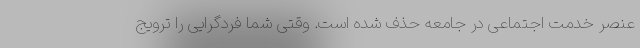
عنصر خدمت اجتماعی در جامعه حذف شده است. وقتی شما فردگرایی را ترویج